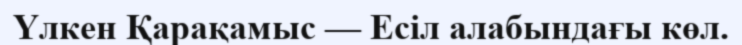
Үлкен Қарақамыс — Есіл алабындағы көл.